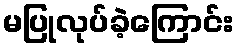
မပြုလုပ်ခဲ့ကြောင်း